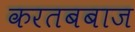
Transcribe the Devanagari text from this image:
करतबबाज